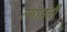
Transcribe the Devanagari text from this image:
ल्याप्रती